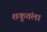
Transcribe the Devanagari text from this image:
शकुतंला